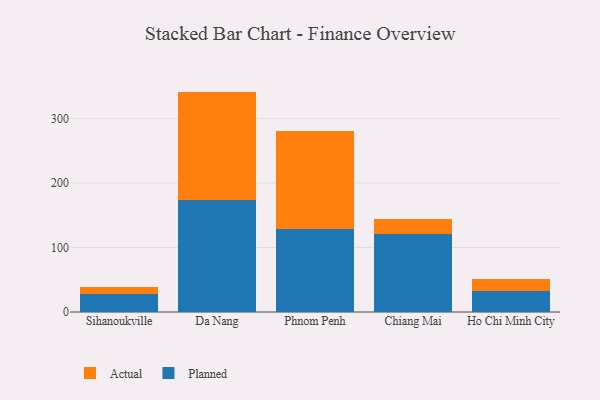
{"axis": {"x": "City", "y": "Market Share (%)"}, "legend": ["Actual", "Planned"], "data": [{"x": "Sihanoukville", "y": 27.8, "type": "Planned"}, {"x": "Sihanoukville", "y": 11.2, "type": "Actual"}, {"x": "Da Nang", "y": 174.2, "type": "Planned"}, {"x": "Da Nang", "y": 167.4, "type": "Actual"}, {"x": "Phnom Penh", "y": 129.2, "type": "Planned"}, {"x": "Phnom Penh", "y": 150.7, "type": "Actual"}, {"x": "Chiang Mai", "y": 120.8, "type": "Planned"}, {"x": "Chiang Mai", "y": 24.0, "type": "Actual"}, {"x": "Ho Chi Minh City", "y": 33.2, "type": "Planned"}, {"x": "Ho Chi Minh City", "y": 18.5, "type": "Actual"}]}